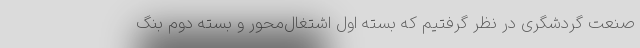
صنعت گردشگری در نظر گرفتیم که بسته اول اشتغال‌محور و بسته دوم بنگ